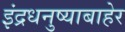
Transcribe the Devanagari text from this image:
इंद्रधनुष्याबाहेर